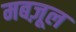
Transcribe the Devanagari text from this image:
मबज़ूल